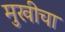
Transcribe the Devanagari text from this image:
मुखीचा